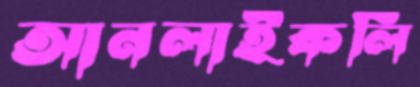
আনলাইকলি